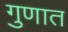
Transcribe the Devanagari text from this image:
गुणात